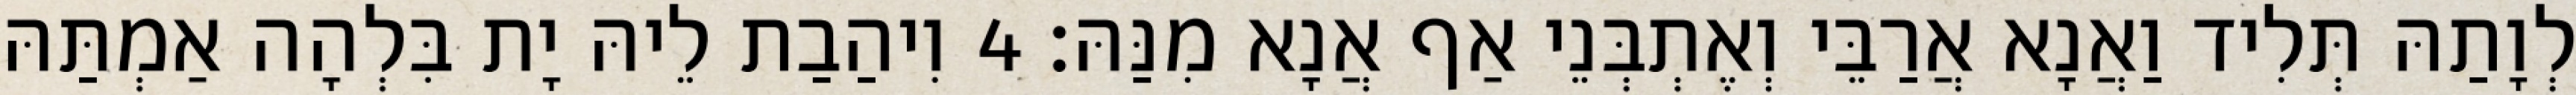
לְוָתַהּ תְּלִיד וַאֲנָא אֲרַבֵּי וְאֶתְבְּנֵי אַף אֲנָא מִנַּהּ׃ 4 וִיהַבַת לֵיהּ יָת בִּלְהָה אַמְתַּהּ